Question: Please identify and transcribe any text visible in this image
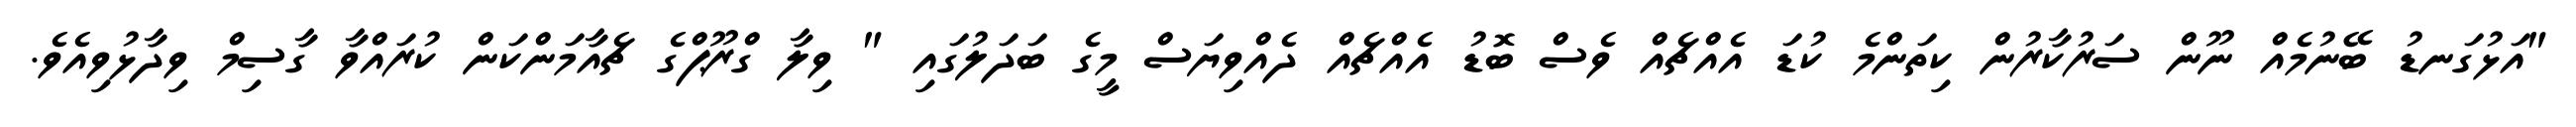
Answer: "އަޅުގަނޑު ބޭނުމެއް ނޫން ސަރުކާރުން ކިތަންމެ ކުޑަ އެއްޗެއް ވެސް ބޮޑު އެއްޗެއް ދެއްވިޔަސް މީގެ ބަދަލުގައި " ވިލާ ގްރޫޕްގެ ޗެއާމަންކަން ކުރައްވާ ގާސިމް ވިދާޅުވިއެވެ.